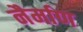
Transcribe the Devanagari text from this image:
नैर्माण